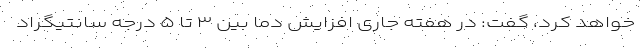
خواهد کرد، گفت: در هفته جاری افزایش دما بین ۳ تا ۵ درجه سانتیگراد